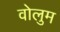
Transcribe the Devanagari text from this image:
वोलुम